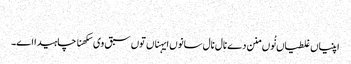
‏
اپنیاں غلطیاں نُوں منن دے نال نال سانوں ایہناں توں سبق وی سکھنا چاہیدا اے۔